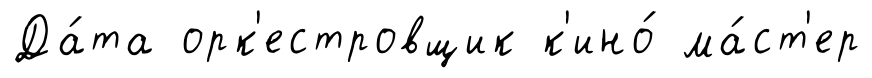
Да́та орк'естровщик к'ино́ ма́ст'ер